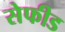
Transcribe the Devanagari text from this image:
सेफीड